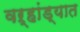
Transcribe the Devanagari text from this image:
वऱ्हांड्यात